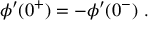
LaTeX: \phi ^ { \prime } ( 0 ^ { + } ) = - \phi ^ { \prime } ( 0 ^ { - } ) ~ .